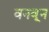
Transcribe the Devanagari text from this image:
वनवून